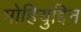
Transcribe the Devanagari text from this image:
मोहियुद्दिन